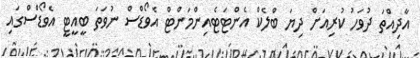
އާދިއްތަ ދުވަހު ކުރިއަށް ދިޔަ ބްލެކް އެންޓަޓެއިންމަންޓް އެވޯޑްސް ނުވަތަ ބީއީޓީ އެވޯޑްސްގައި